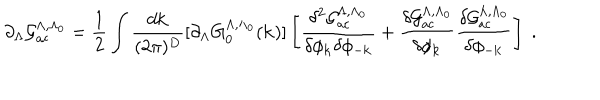
\partial _ { \Lambda } { \cal { G } } _ { \mathrm { a c } } ^ { \Lambda , \Lambda _ { 0 } } = \frac { 1 } { 2 } \int \frac { d { \bf { k } } } { ( 2 \pi ) ^ { D } } [ \partial _ { \Lambda } G _ { 0 } ^ { \Lambda , \Lambda _ { 0 } } ( { \bf { k } } ) ] \left[ \frac { \delta ^ { 2 } { \cal { G } } _ { \mathrm { a c } } ^ { \Lambda , \Lambda _ { 0 } } } { \delta \phi _ { \bf { k } } \delta \phi _ { - { \bf { k } } } } + \frac { \delta { \cal { G } } _ { \mathrm { a c } } ^ { \Lambda , \Lambda _ { 0 } } } { \delta \phi _ { \bf { k } } } \frac { \delta { \cal { G } } _ { \mathrm { a c } } ^ { \Lambda , \Lambda _ { 0 } } } { \delta \phi _ { - \bf { k } } } \right] \; .